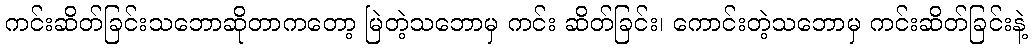
ကင်းဆိတ်ခြင်းသဘောဆိုတာကတော့ မြဲတဲ့သဘောမှ ကင်း ဆိတ်ခြင်း၊ ကောင်းတဲ့သဘောမှ ကင်းဆိတ်ခြင်းနဲ့